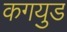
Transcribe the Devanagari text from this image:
कगयुड